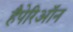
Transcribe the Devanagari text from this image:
हैपेरिऑन